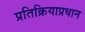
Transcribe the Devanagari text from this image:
प्रतिक्रियाप्रधान